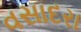
વસાદરા